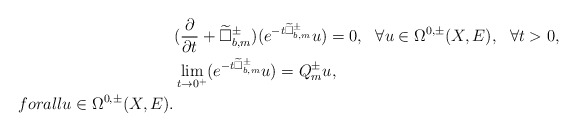
\begin{align*} &(\frac{\partial}{\partial t}+\widetilde{\Box}^{\pm}_{b,m})(e^{-t\widetilde{\Box}^{\pm}_{b,m}}u)=0,\ \ \forall u\in\Omega^{0,\pm}(X,E),\ \ \forall t>0, \\&\lim_{t\rightarrow0^+}(e^{-t\widetilde{\Box}^{\pm}_{b,m}}u)=Q^{\pm}_mu,\ \\forall u\in\Omega^{0,\pm}(X,E).\end{align*}